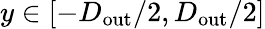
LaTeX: y\in[-D_{\mathrm{out}}/2,D_{\mathrm{out}}/2]